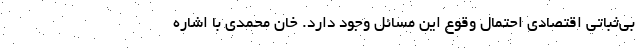
بی‌ثباتی اقتصادی احتمال وقوع این مسائل وجود دارد. خان محمدی با اشاره